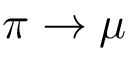
\pi \rightarrow \mu